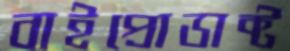
বাইপ্রোডাক্ট